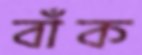
বাঁক